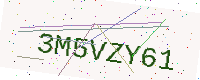
Text: 3M5VZY61